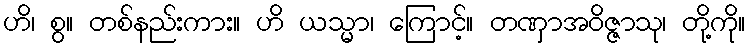
ဟိ၊ စွ။ တစ်နည်းကား။ ဟိ ယသ္မာ၊ ကြောင့်။ တဏှာအဝိဇ္ဇာသု၊ တို့ကို။